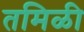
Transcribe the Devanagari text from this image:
तमिळी